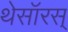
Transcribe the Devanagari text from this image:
थेसॉरस्